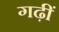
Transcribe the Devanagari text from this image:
गढ़ीं